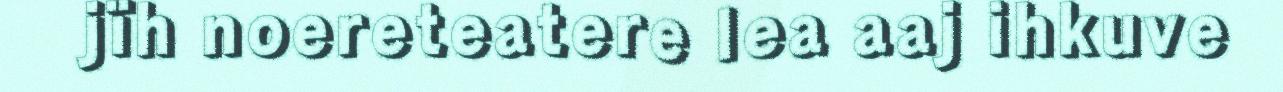
jïh noereteatere lea aaj ihkuve